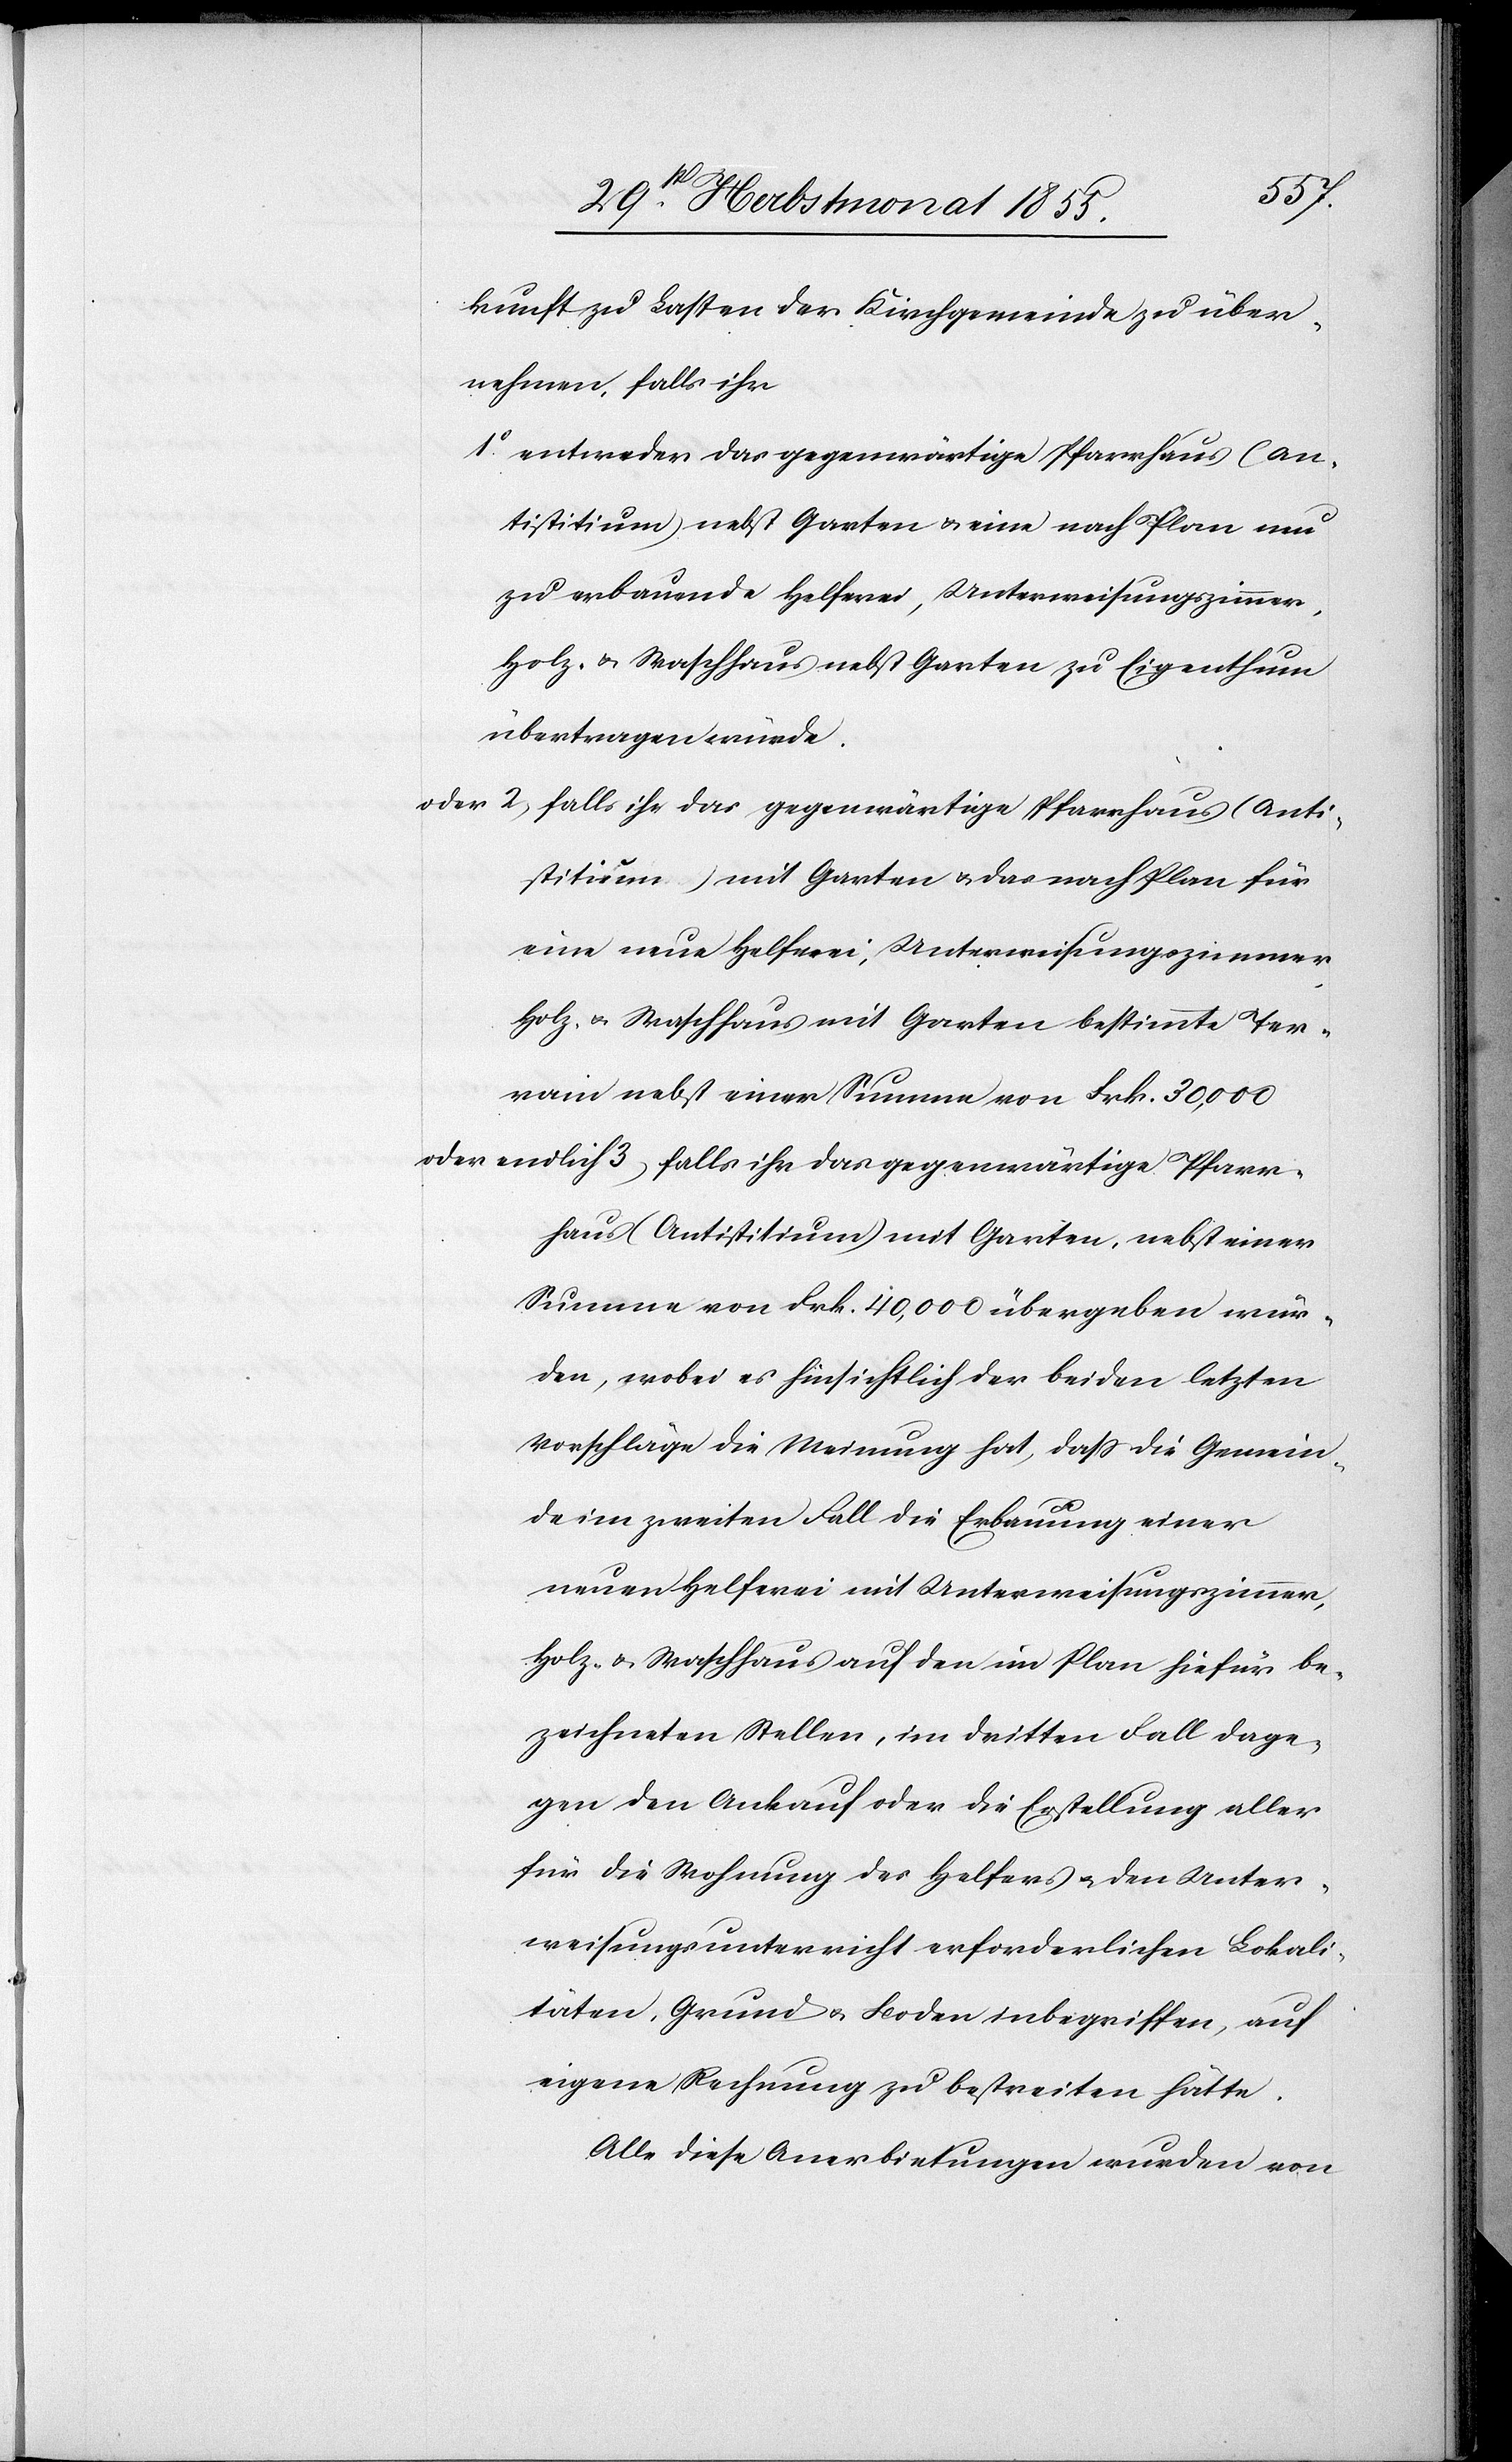
kunft zu Lasten der Kirchgemeinde zu über¬
nehmen, falls ihr
entweder das gegenwärtige Pfarrhaus (An¬
tistitium) nebst Garten & eine nach Plan neu
zu erbauende Helferei, Unterweisungszimmer,
Holz- & Waschhaus nebst Garten zu Eigenthum
übertragen würde.
oder
falls ihr das gegenwärtige Pfarrhaus (Anti¬
stitium) mit Garten, nebst einer Summe von
eine neue Helferei, Unterweisungszimmer,
Holz- & Waschhaus mit Garten bestimmte Ter¬
rain nebst einer Summe von Frk. 30,000
würde, wobei es hinsichtlich der beiden letzten
Vorschläge die Meinung hat, dass die Gemein¬
de im zweiten Fall die Erbauung einer
neuen Helferei mit Unterweisungszimmer,
Holz- & Waschhaus auf den im Plan hiefür be¬
zeichneten Stellen, im dritten Fall dage¬
gen den Ankauf oder die Erstellung aller
für die Wohnung des Helfers & den Unter¬
weisungsunterricht erforderlichen Lokali¬
täten, Grund & Boden inbegriffen, auf
eigene Rechnung zu bestreiten hätte.
Alle diese Anerbietungen wurden von